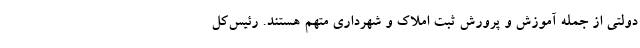
دولتی از جمله آموزش و پرورش ثبت املاک و شهرداری متهم هستند. رئیس‌کل